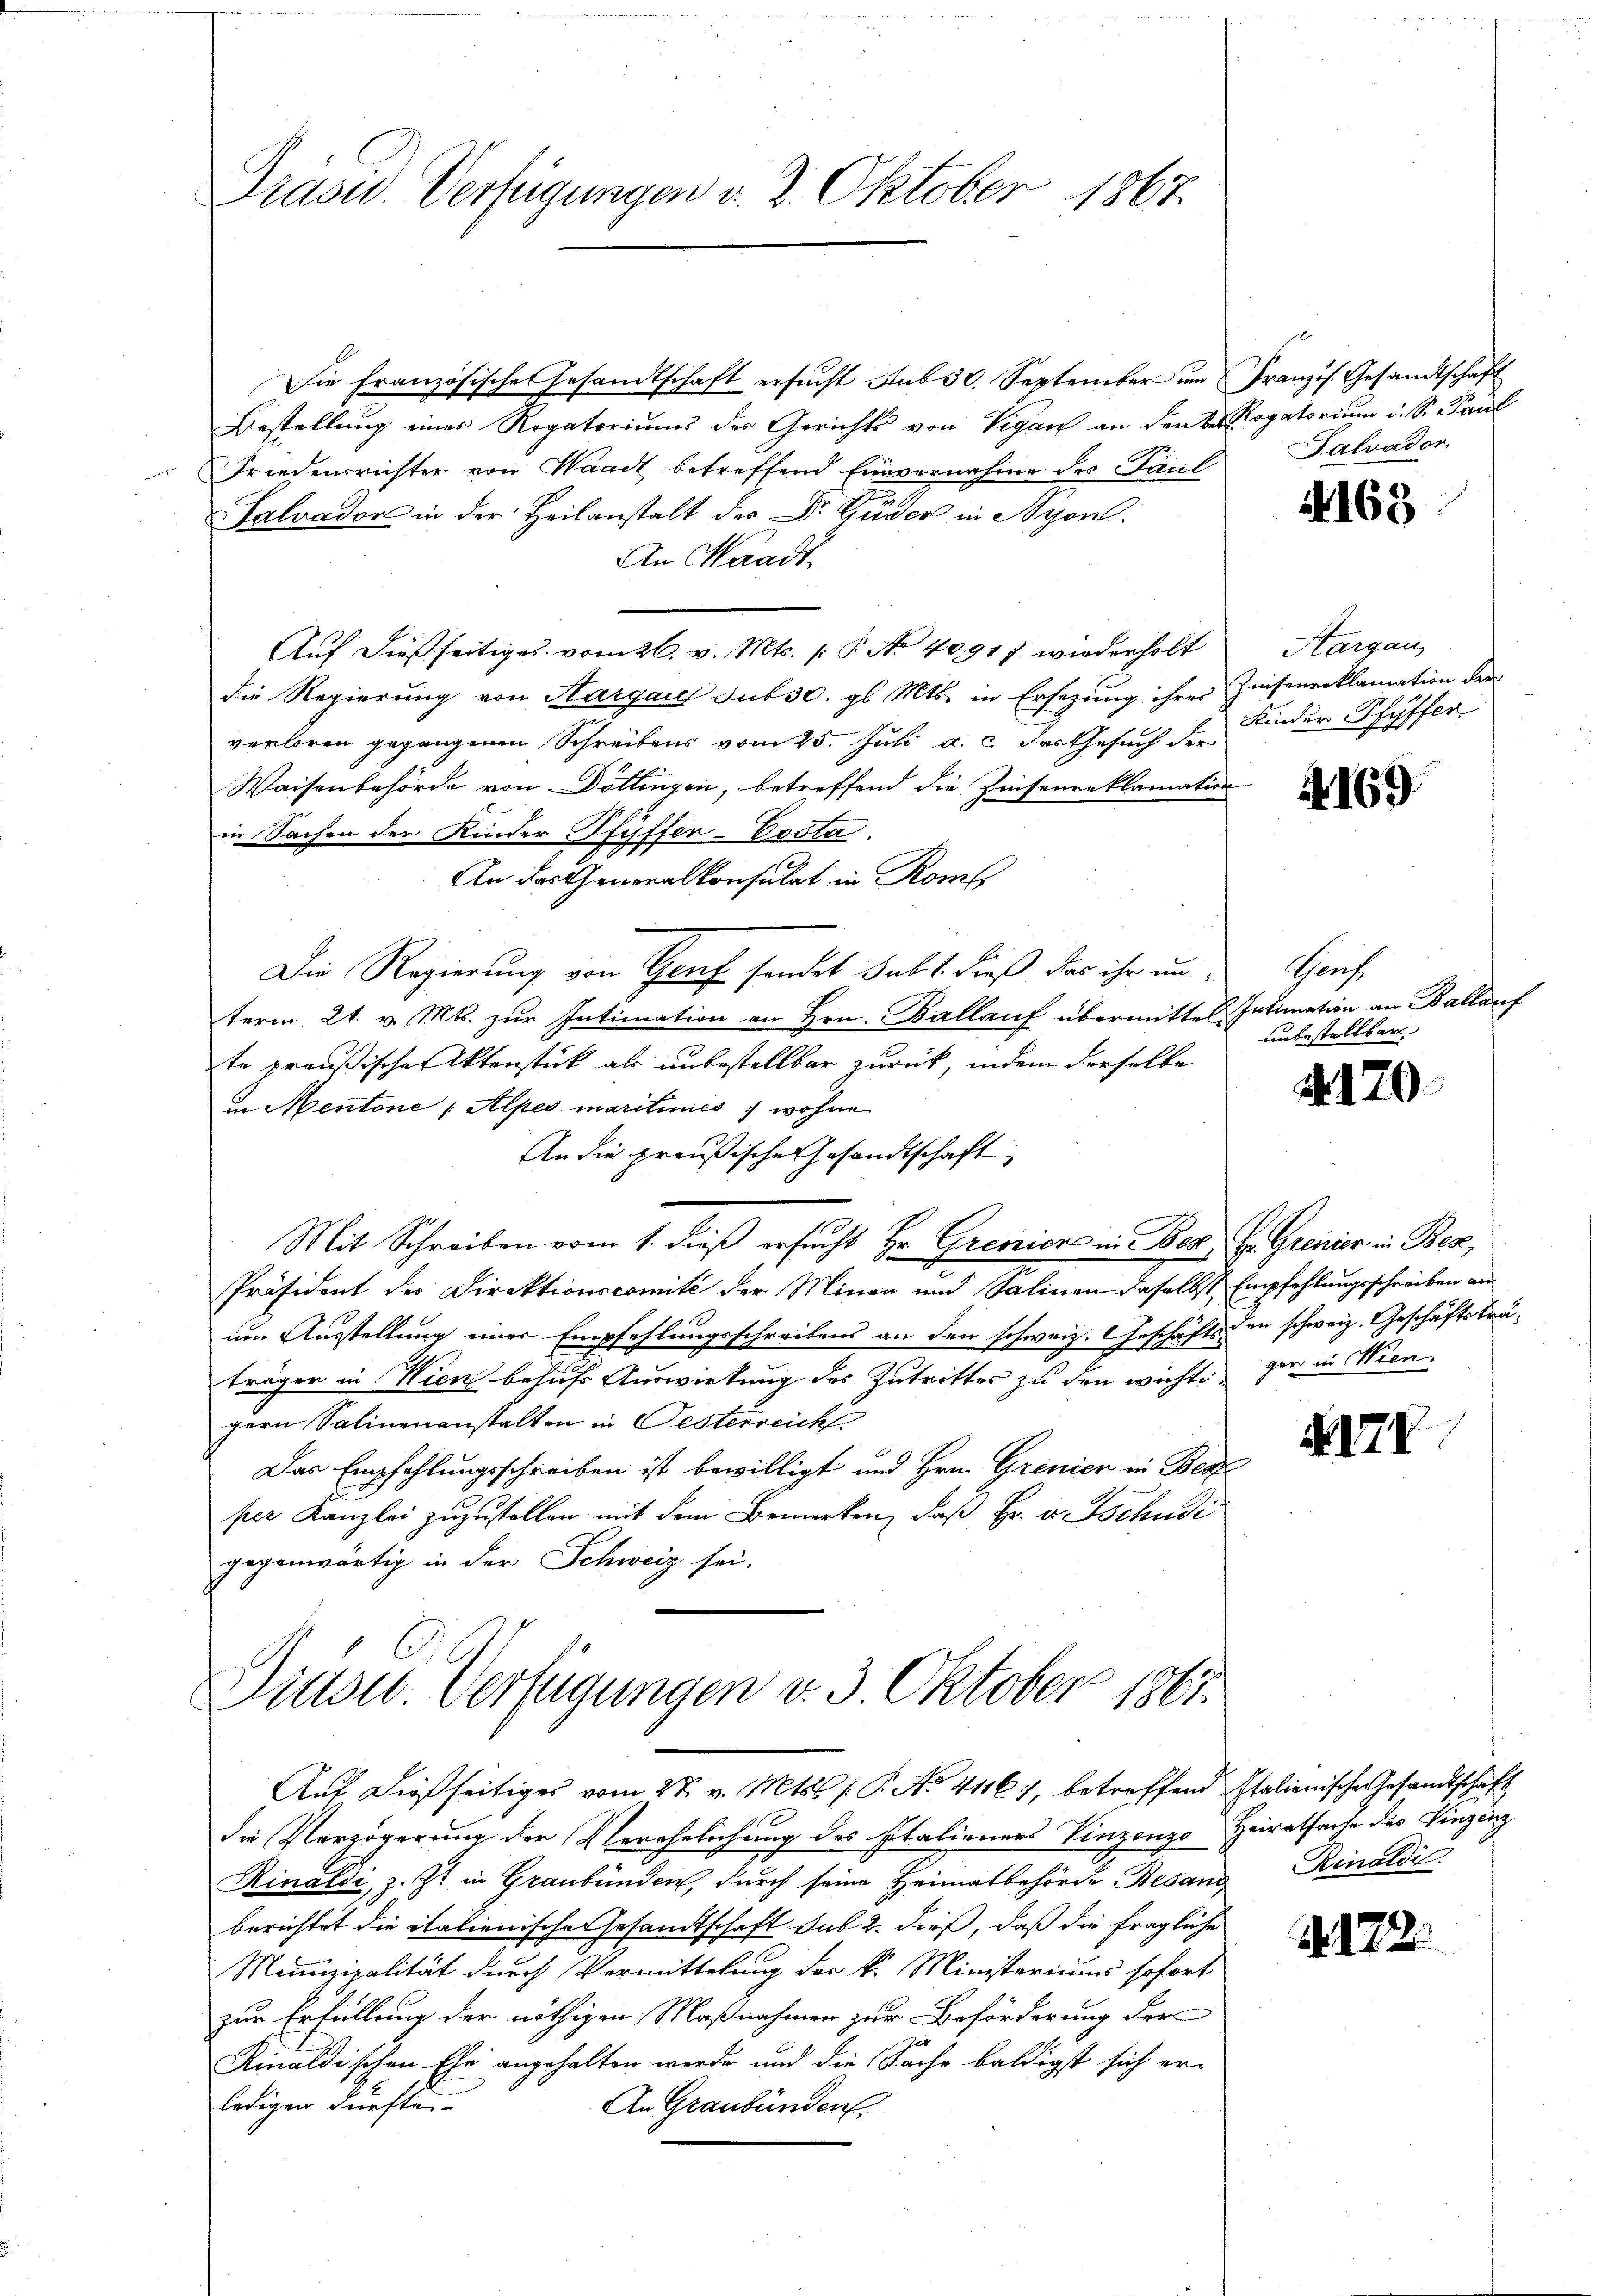
Grasw. Verfügungen d. 2. Oktober 1867.

Die Französisches Gesandtschaft ersŭcht aus 30. September ŭm Französ. Gesandtschaft
Bestellung eines Rogatoriums des Gerichts von Viganz an den bei Rogatorium i. S. Paul
Friedensrichter von Waadt betreffend Einvernahme des Paul
Salvador in der Heilanstalt des Dr. Güder in Nyon.
An Waadt.
Auf dießseitiges vom 26. v. Mts. (: P. Nr. 4091) wiederholt
die Regierung von Aargau sub 30. gl. Mts. in Ersezung ihres Zinsenenklamation der
verloren gegangenen Schreibens vom 25. Juli a. c. das Gesuch der
Waisenbehörde von Döttingen, betreffend die Zinsenreklamation
in Sachen der Kinder Pfyffer-Posta
An das Generalkonsulat in Roms
Die Regierung von Genf sendet sub 1. dieß das ihr un
term 21. v. Mts. zŭr Intimation an Hrn. Ballauf übermittel Intimation an Ballauf
te preußische Aktenstück als unbestellbar zurück, indem derselbe
In Mentone Alpes maritimes, wohne
An die preußische Gesandtschaft
Mit Schreiben vom 1. dieß ersucht Hr. Grenzione in Des Hr. Grenier in Bez
Präsident des Direktionscomité der Minen und Salinen daselbst Empfehlungsschreiben an
um Ausstellung einer Empfehlungsschreibens an den schweiz. Geschäfts den schweiz. Geschäftsträträger in Wien behufs Auswirkung des Zutrittes zu den wichte der in Wien
gern Salinenanstalten in Oesterreichf
Das Empfehlungsschreiben ist bewilligt und Hrn. Grenier in Bes
per Kanzlei zuzustellen mit dem Bemerken, daß Hr. v. Tschudi
gegenwärtig in der Schweiz sei.

Diadw. Verfügungen v. 3. Oktober 1867.
Auf dießseitiges vom 27. v. Mts. (T. No. 41161, betreffend Italienische Gesandtschaft

die Verzögerung der Verehelichung des Italieners Vinzenzo Heiratsache des Vinzeng
Rinaldi, z. Zt. in Graubünden, durch seine Heimatbehörde Besani,
berichtet die italienische Gesandtschaft sub 2. dieß, daß die fragliche
Munizipalität durch Vermittelung der k. Ministeriums sofort
zur Erfüllung der nöthigen Maßnahmen zur Beförderung der
Rinaldischen Ehe angehalten werde und die Sache baldigst sich erledigen dürften-
An Graubünden

alvador

4163.

Aargau
Kinder Pfyffer

4169

Schaft
unbestellbar

Ao. 170.

XIIV

Rinaldi

Nr. 122.